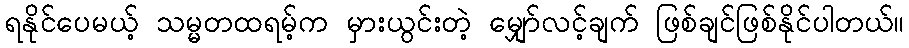
ရနိုင်ပေမယ့် သမ္မတထရမ့်က မှားယွင်းတဲ့ မျှော်လင့်ချက် ဖြစ်ချင်ဖြစ်နိုင်ပါတယ်။